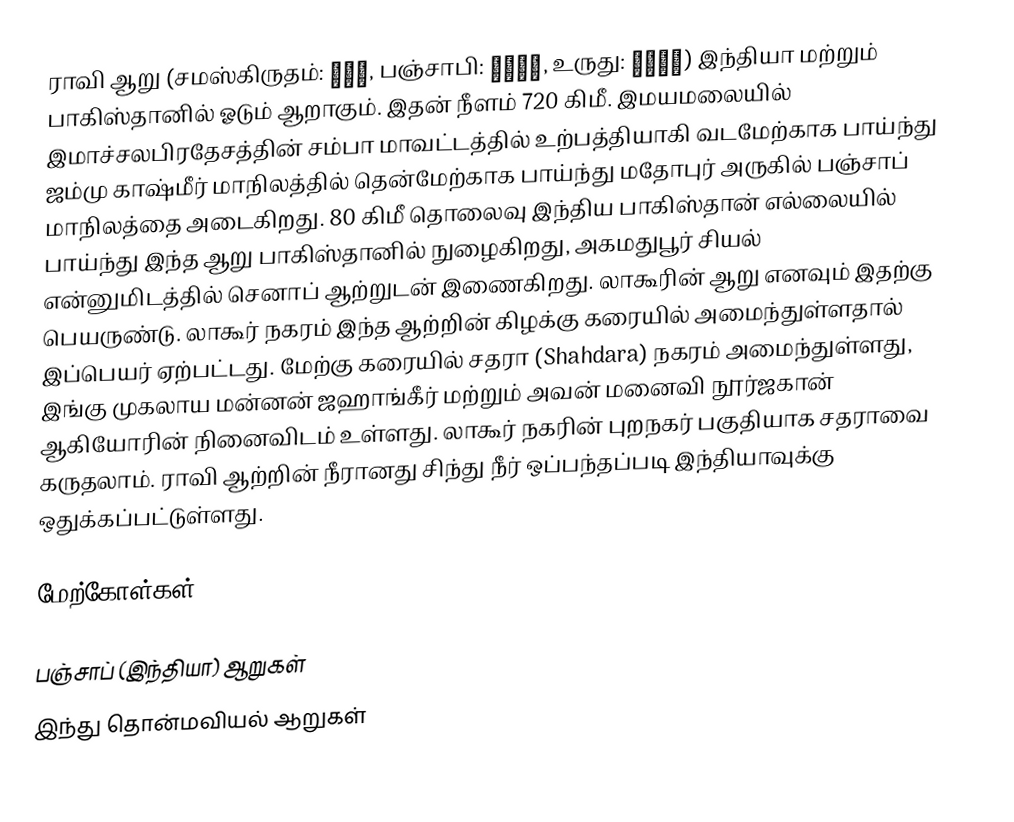
ராவி ஆறு (சமஸ்கிருதம்: रवि, பஞ்சாபி: ਰਾਵੀ, உருது: راوی) இந்தியா மற்றும் பாகிஸ்தானில் ஓடும் ஆறாகும். இதன் நீளம் 720 கிமீ. இமயமலையில் இமாச்சலபிரதேசத்தின் சம்பா மாவட்டத்தில் உற்பத்தியாகி வடமேற்காக பாய்ந்து ஜம்மு காஷ்மீர் மாநிலத்தில் தென்மேற்காக பாய்ந்து மதோபுர் அருகில் பஞ்சாப் மாநிலத்தை அடைகிறது. 80 கிமீ தொலைவு இந்திய பாகிஸ்தான் எல்லையில் பாய்ந்து இந்த ஆறு பாகிஸ்தானில் நுழைகிறது, அகமதுபூர் சியல் என்னுமிடத்தில் செனாப் ஆற்றுடன் இணைகிறது. லாகூரின் ஆறு எனவும் இதற்கு பெயருண்டு. லாகூர் நகரம் இந்த ஆற்றின் கிழக்கு கரையில் அமைந்துள்ளதால் இப்பெயர் ஏற்பட்டது. மேற்கு கரையில் சதரா (Shahdara) நகரம் அமைந்துள்ளது, இங்கு முகலாய மன்னன் ஜஹாங்கீர் மற்றும் அவன் மனைவி நூர்ஜகான் ஆகியோரின் நினைவிடம் உள்ளது. லாகூர் நகரின் புறநகர் பகுதியாக சதராவை கருதலாம். ராவி ஆற்றின் நீரானது சிந்து நீர் ஒப்பந்தப்படி இந்தியாவுக்கு ஒதுக்கப்பட்டுள்ளது.

மேற்கோள்கள்

பஞ்சாப் (இந்தியா) ஆறுகள்
இந்து தொன்மவியல் ஆறுகள்